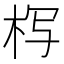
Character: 𰗚